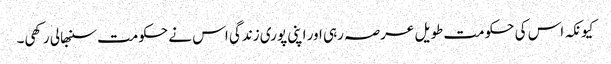
کیونکہ اس کی حکومت طویل عرصہ رہی اور اپنی پوری زندگی اس نے حکومت سنبھالی رکھی۔